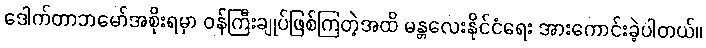
ဒေါက်တာဘမော်အစိုးရမှာ ဝန်ကြီးချုပ်ဖြစ်ကြတဲ့အထိ မန္တလေးနိုင်ငံရေး အားကောင်းခဲ့ပါတယ်။